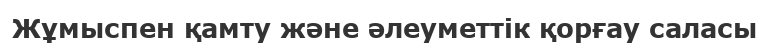
Жұмыспен қамту және әлеуметтік қорғау саласы